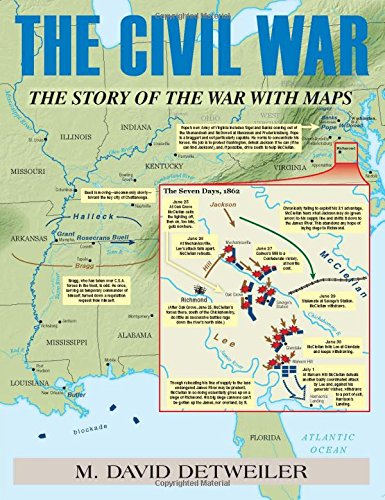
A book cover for Civil War, The: The Story of the War with Maps; M. David Detweiler; History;